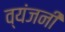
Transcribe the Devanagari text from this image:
व्यंजनी